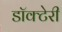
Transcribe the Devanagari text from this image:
डॉक्टेरी